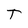
Character: T